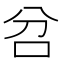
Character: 𠯨